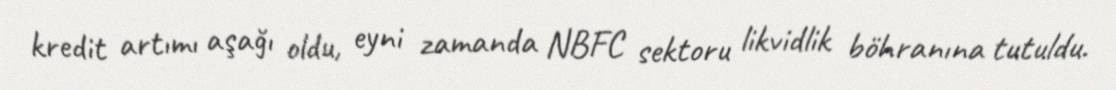
kredit artımı aşağı oldu, eyni zamanda NBFC sektoru likvidlik böhranına tutuldu.